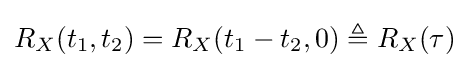
\,\!R_{X}(t_{1},t_{2})=R_{X}(t_{1}-t_{2},0)\triangleq R_{X}(\tau )